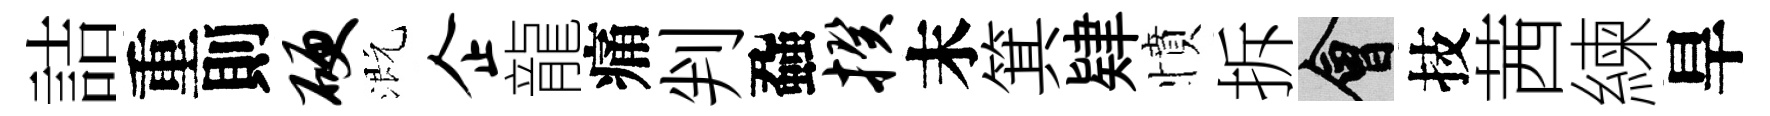
詰重則硬溉企龍痛判蝨揆末箕肄憤拆會技茜練旱